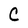
Character: C